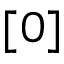
[ 0 ]